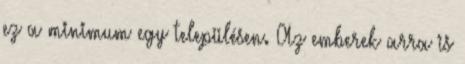
ez a minimum egy településen. Az emberek arra is